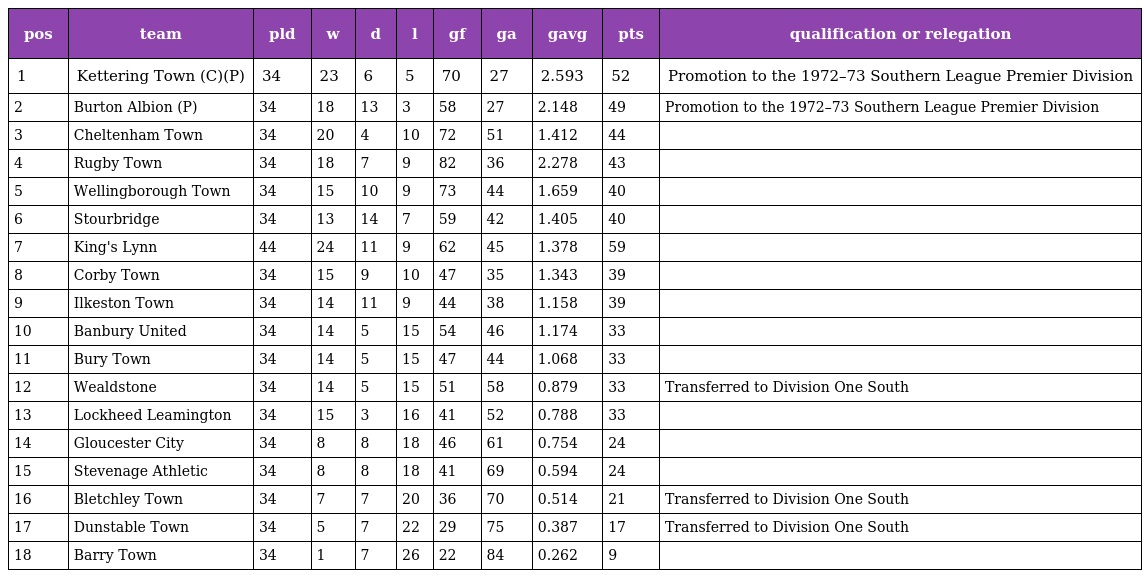
| pos | team | pld | w | d | l | gf | ga | gavg | pts | qualification or relegation |
 | --- | --- | --- | --- | --- | --- | --- | --- | --- | --- | --- |
 | 1 | Kettering Town (C)(P) | 34 | 23 | 6 | 5 | 70 | 27 | 2.593 | 52 | Promotion to the 1972–73 Southern League Premier Division |
 | 2 | Burton Albion (P) | 34 | 18 | 13 | 3 | 58 | 27 | 2.148 | 49 | Promotion to the 1972–73 Southern League Premier Division |
 | 3 | Cheltenham Town | 34 | 20 | 4 | 10 | 72 | 51 | 1.412 | 44 |  |
 | 4 | Rugby Town | 34 | 18 | 7 | 9 | 82 | 36 | 2.278 | 43 |  |
 | 5 | Wellingborough Town | 34 | 15 | 10 | 9 | 73 | 44 | 1.659 | 40 |  |
 | 6 | Stourbridge | 34 | 13 | 14 | 7 | 59 | 42 | 1.405 | 40 |  |
 | 7 | King's Lynn | 44 | 24 | 11 | 9 | 62 | 45 | 1.378 | 59 |  |
 | 8 | Corby Town | 34 | 15 | 9 | 10 | 47 | 35 | 1.343 | 39 |  |
 | 9 | Ilkeston Town | 34 | 14 | 11 | 9 | 44 | 38 | 1.158 | 39 |  |
 | 10 | Banbury United | 34 | 14 | 5 | 15 | 54 | 46 | 1.174 | 33 |  |
 | 11 | Bury Town | 34 | 14 | 5 | 15 | 47 | 44 | 1.068 | 33 |  |
 | 12 | Wealdstone | 34 | 14 | 5 | 15 | 51 | 58 | 0.879 | 33 | Transferred to Division One South |
 | 13 | Lockheed Leamington | 34 | 15 | 3 | 16 | 41 | 52 | 0.788 | 33 |  |
 | 14 | Gloucester City | 34 | 8 | 8 | 18 | 46 | 61 | 0.754 | 24 |  |
 | 15 | Stevenage Athletic | 34 | 8 | 8 | 18 | 41 | 69 | 0.594 | 24 |  |
 | 16 | Bletchley Town | 34 | 7 | 7 | 20 | 36 | 70 | 0.514 | 21 | Transferred to Division One South |
 | 17 | Dunstable Town | 34 | 5 | 7 | 22 | 29 | 75 | 0.387 | 17 | Transferred to Division One South |
 | 18 | Barry Town | 34 | 1 | 7 | 26 | 22 | 84 | 0.262 | 9 |  |